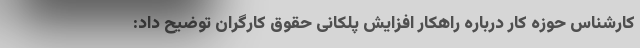
کارشناس حوزه کار درباره راهکار افزایش پلکانی حقوق کارگران توضیح داد: